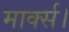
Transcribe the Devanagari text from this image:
मार्क्स।